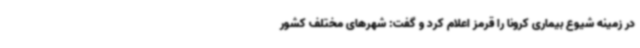
در زمینه شیوع بیماری کرونا را قرمز اعلام کرد و گفت: شهرهای مختلف کشور